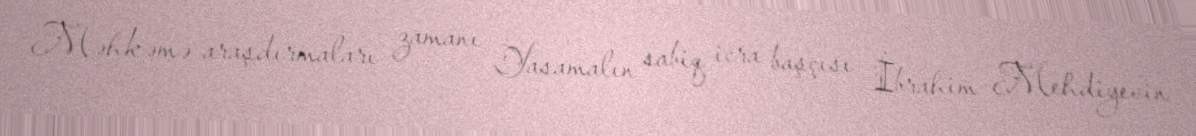
Məhkəmə araşdırmaları zamanı Yasamalın sabiq icra başçısı İbrahim Mehdiyevin